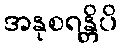
အနုစရန္တိပိ